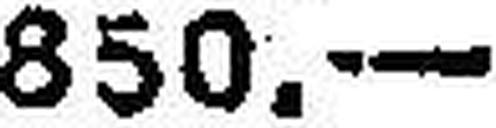
850.—